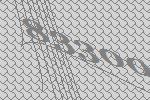
83300